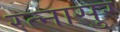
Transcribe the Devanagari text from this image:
रत्नासुर